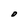
Character: O